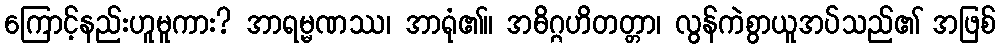
ကြောင့်နည်းဟူမူကား? အာရမ္မဏဿ၊ အာရုံ၏။ အဓိဂ္ဂဟိတတ္တာ၊ လွန်ကဲစွာယူအပ်သည်၏ အဖြစ်